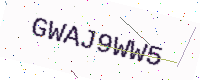
Text: GWAJ9WW5